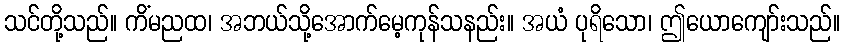
သင်တို့သည်။ ကိံမညထ၊ အဘယ်သို့အောက်မေ့ကုန်သနည်း။ အယံ ပုရိသော၊ ဤယောကျော်းသည်။